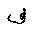
Letter: _fa